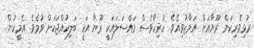
ރުޅިވެރިކަން ރޫޔާއަށް އަމާޒުވިއެވެ. ހުރިހާވެސް މައްސަލައަކީ ރޫޔާ އަކީ ބަލިކުއްޖަކަށް ވުމެވެ. އެމީހުން